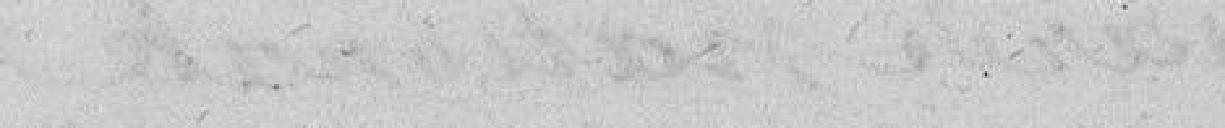
heureux et libres, les français ont un souverain de leurs choix.